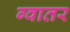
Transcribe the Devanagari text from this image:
ग्वातर